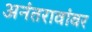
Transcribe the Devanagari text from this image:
अनंतरावांवर